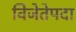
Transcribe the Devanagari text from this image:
विजेतेपदा